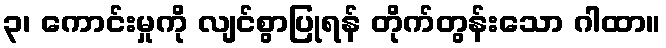
၃၊ ကောင်းမှုကို လျင်စွာပြုရန် တိုက်တွန်းသော ဂါထာ။